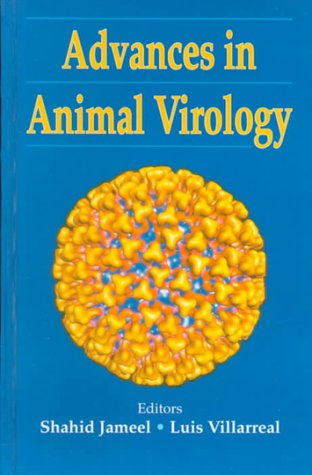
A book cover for Advances in Animal Virology: Papers Presented at the Second Icgeb-Uci Virology Symposium, New Delhi, November 1998; India) Icgeb-Uci Virology Symposium 1998 (New Delhi; Medical Books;